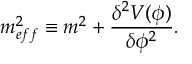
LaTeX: m _ { e f f } ^ { 2 } \equiv m ^ { 2 } + \frac { { \delta } ^ { 2 } V ( { \phi } ) } { { \delta } { \phi } ^ { 2 } } .